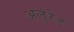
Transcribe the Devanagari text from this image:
अलुरेड